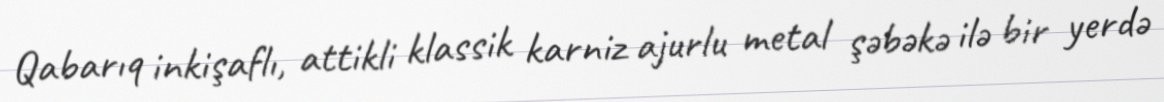
Qabarıq inkişaflı, attikli klassik karniz ajurlu metal şəbəkə ilə bir yerdə